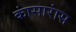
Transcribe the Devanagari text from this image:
कांसारांस